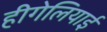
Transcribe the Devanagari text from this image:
हीगेलियाई